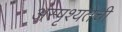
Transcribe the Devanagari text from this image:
अस्पृश्‍यतेची